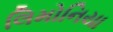
લિમોનિયા